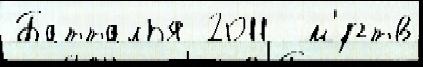
Батталья 2011  м'́ртв